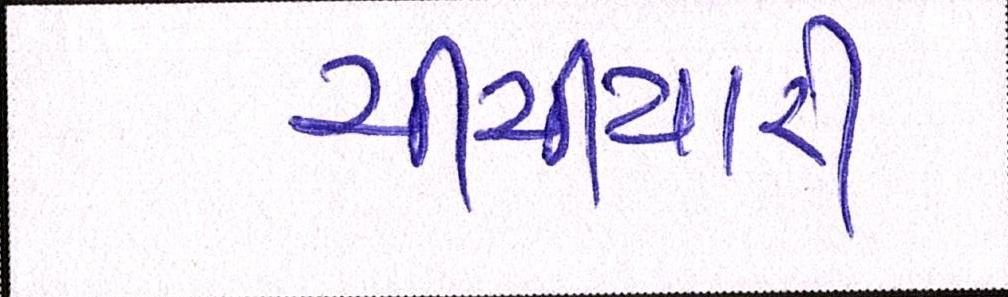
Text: ચીચીયારી